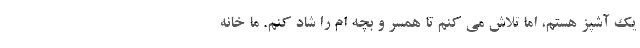
یک آشپز هستم، اما تلاش می کنم تا همسر و بچه ام را شاد کنم. ما خانه